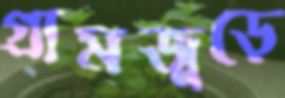
গ্রামজুড়ে